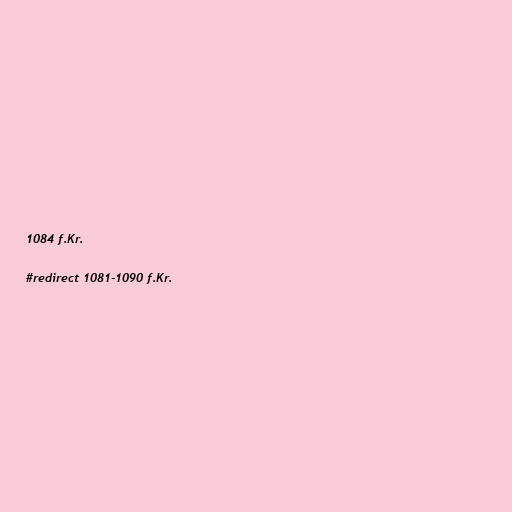
1084 f.Kr.

#redirect 1081-1090 f.Kr.